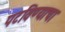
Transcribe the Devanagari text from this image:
पटविण्याचा